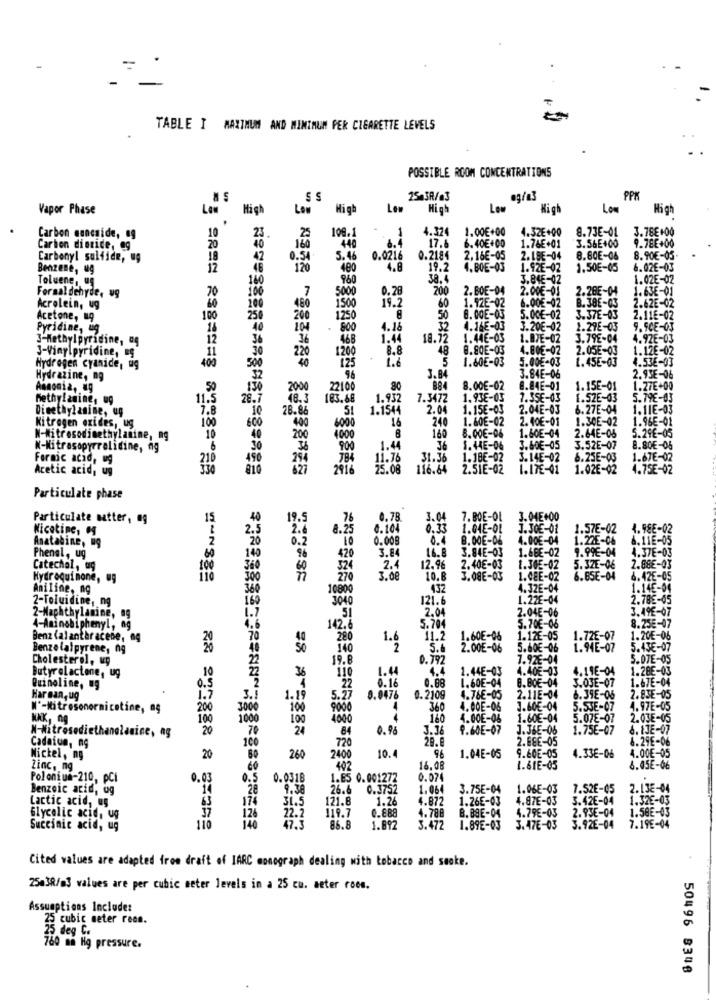
TABLE I MAXIMUM AND MINIMUM PER CIGARETTE LEVELS
POSSIBLE ROOM CONCENTRATIONS
SS
25-3R/a3
PPK
Vapor Phase
Low
High
Low
High
High
Low
High
Low
High
.
109.1
1
4.324
1.00€+00
4.32E+00
8.73E-01
3.78E+00
Carbon mancaide, 49
10
23
25
17.6
6.40€+00
3.56E+00
9.78E+00
Carbon dienice, 9g
20
16
440
1.76E+01
Carbonyl sulfide, ug
18
42
0.54
5. 4
0.0216
0.2184
2,16€-05
2. LSE-04
8.80E-06
8.90€-05-
Benzene, ug
120
400
4.8
19.2
4.BOE-03
1.92E-02
1.50€-05
6.02E-03
Toluene, ug
960
38. 4
3.84E-02
1.02E-02
Formal dehyde, ug
70
100
7
5000
0.28
200
2. BOE-04
2.00€-01 2.28E-04
1.63E-01
19.2
B. 38E-03
Acrolein, ug
60
200
460
1500
60
1.92E-02
6.00€-92
2.62E-02
Acetone, 19
100
25
200
1250
50
8. 00E-03
5.00€-02
3.37E-03 2.11E-02
Pyridine, ug
40
204
. 800
4.1
4.16E-03
J.20€-02 1.29E-03
9.5CE-03
3-Methylpyridine, ag
12
36
468
1.44
18.72
1.446-03
1.87E-02 3.79E-04
4.9ZE-03
J-Vinylpyridine, ES
11
30
220
1200
8.8
48
8.80E-03
4.80E-02
2.05E-03
1.12E-02
40
125
.
1.6
5
1.60€-03
5.00€-03
1.45E-03
1.536-03
Hydrogen cyanide, ug
400
50
Hydrazine, ng
3.84
3.84E-06
2.93E-06
Ammonia, ug
2000
22100
80
8.00€-02
8.84E-01
1.15E-01
1.27E+00
Methylamine, ug
11.
28.
48.3
183.68
1.932
7.3472
1.938-03
7.3SE-03
1.52E-03
5.7
Dimethylanine, ug
7.8
10
28.86
1.1544
2.04
1.15E-03
2.04E-03
6.27E-04
1.116-03
Kitregen oxides, ug
100
600
400
16
240
1.60E-02
2.40€-01 1.30E-02
1.96E-01
4000
160
8.00€-06
1.60E-04 2.64E-06
5.29€-05
N-Nitrosodimethylamine, ng
10
200
4000
K-Nitrasopyrralidine, ng
900
1.44
36
1.44E-06
3.60€-05
3.52E-07
8.80€-0
Formic acid, ug
254
11.76
31.36
1.18€-02
3.14E-02 8.25E-03
1.67E-02
Acetic acid, ug
2916
25.08
116.64
2.51E-02
1.17E-01
1.02E-02
1.75E-02
Particulate phase
Particulate matter, og
15
19.5
.76
0.78
3.04
7. BOE-OL
J.04E+00
Nicotine,
2.4
8.25
0.104
0.33
1.04E-OL
J.JOE-01
1.57E-02
4.98E-02
Anatabine, ug
0.2
10
0.008
0.4
8.00E-06
4.00€-04 1.22E-06
6.11E-05
96
420
3.84
16.8
3.84E-03
1.66E-02
9.99€-04
4.37E-03
Phenal, ug
Catechol, ag
100
60
2.4
12.96
2.40E-03
1.JOE-02
5.3ZE-06
2.88E-03
Hydroquinone, ug
3.00
10.8
3.08E-03
1.CEE-02
6.65E-04
4.42E-05
Aniline, ng
10800
432
4.32E-04
1.14E-04
2-Toluidine, ng
3040
121.6
1.22E-04
2.78E-65
2.04E-06
3.49E-07
2-Maphthylamine, ag
2.04
4-Aminobiphenyl, ag
142.6
5.704
5.70€-06
8.25E-07
Benz (al anthracene, ag
20
280
11.2
1.60E-06
1.12E-05
1.726-07
1.20€-06
Benzelalpyrene, 0g
140
1.8
5.6
2.00E-06
5.60€-06
1.94E-07
5.43€-07
Cholesterol, wy
19.8
0.792
7.926-04
5.07E-05
10
1.4
4.4
1.44E-03
4.40€-03
4.116-04
1.28E-03
Butyrolactone, ug
36
22
1.60E-04
8.80€-04
1.67E-04
Quinoline, ug
0.16
0.88
3.03E-07
Harman, ug
3.
1.19
5.29
0.0476
0.2109
4.766-05
2.11E-04
6.39E-06
2.83E-05
Nº-Mitrosonornicotine, og
200
3000
100
9000
4
360
4.00E-06
3.60€-04 5.53E-07
4.97E-05
NAK, ng
100
100
100
4000
.4
160
4.00E-06
1.60E-04
5.07E-07
2.03E-05
N-Nitrosodiethanolamine, ag
20
70
24
64
0.96
3.36
9.60E-07
J.JSE-06
1.75E-07
6.1JE-07
100
720
28.8
2.BEE-05
8.29E-06
Cadatun, ng
96
Nickel, ng
20
260
2400
10.
1.04E-05
9.60E-05
4.33E-06
4.00€-05
Zinc, ng
60
402
16.08
1.61E-05
6.05E-06
Polonius-210, pCi
0.03
0.5
0.0318
1.65 0.001272
0.074
Benzoic acid, og
9.38
0.3752
1.064
3.75E-04
1.06E-03
7.52E-05
2.13E-04
Lactic acid, ug
174
31.5
121.8
1.26
4.872
1.26E-03
4.87E-03
3.42E-04
1.32E-03
119.7
0.888
4.788
8.88E-04
4.79E-03
2.93E-04
1.58E-03
Glycolic acid, ug
126
22.2
Succinic acid, ug
47,
86.8
1.892
3.472
1.89E-03
3.47E-03
3.92E-04
7.19E-04
Cited values are adapted from draft of IARC monograph dealing with tobacco and smoke.
25038/m3 values are per cubic meter levels in a 25 cu. aeter roos.
Assumptions Include:
22 cubic meter reen.
25 deg C.
760 mm Hg pressure.
50496 8348